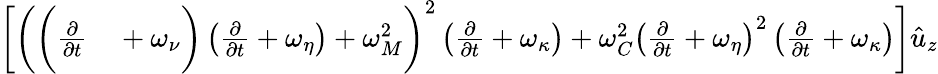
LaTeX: \begin{array}{rl}{\bigg[\bigg(\bigg(\frac{\partial}{\partial{t}}}&{{}+\omega_{\nu}\bigg)\left(\frac{\partial}{\partial{t}}+\omega_{\eta}\right)+\omega_{M}^{2}\bigg)^{2}\left(\frac{\partial}{\partial{t}}+\omega_{\kappa}\right)+\omega_{C}^{2}\left(\frac{\partial}{\partial{t}}+\omega_{\eta}\right)^{2}\left(\frac{\partial}{\partial{t}}+\omega_{\kappa}\right)\bigg]\hat{u}_{z}}\end{array}